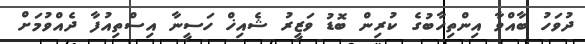
ދުވަހު ބާއްވާ އިންތިޚާބުގެ ކުރިން ބޮޑު ވަޒީރު ޝެއިޚް ހަސީނާ އިސްތިއުފާ ދެއްވުމަށް